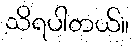
သိရပါတယ်။